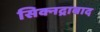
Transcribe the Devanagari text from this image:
सिक्नद्राबाद